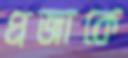
প্রজাকে